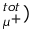
^ { t o t } _ { \mu ^ { + } } )